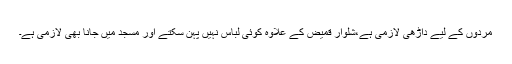
مردوں کے لیے داڑھی لازمی ہے،شلوار قمیض کے علاوہ کوئی لباس نہیں پہن سکتے اور مسجد میں جانا بھی لازمی ہے۔